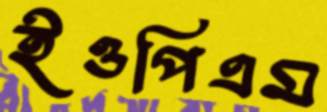
ইওপিএম